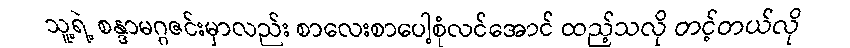
သူ့ရဲ့ စန္ဒာမဂ္ဂဇင်းမှာလည်း စာလေးစာပေါ့စုံလင်အောင် ထည့်သလို တင့်တယ်လို